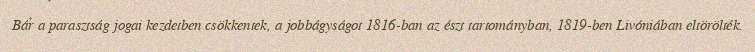
Bár a parasztság jogai kezdetben csökkentek, a jobbágyságot 1816-ban az észt tartományban, 1819-ben Livóniában eltörölték.